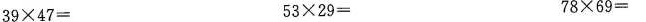
$$3 9 \times 4 7 =$$ $$5 3 \times 2 9 =$$ $$7 8 \times 6 9 =$$